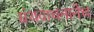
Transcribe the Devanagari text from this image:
ग्रंथवाचनानेंच